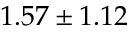
1 . 5 7 \pm 1 . 1 2